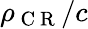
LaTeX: \rho_{\mathrm{~C~R~}}/c